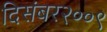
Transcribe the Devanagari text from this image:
दिसंबर२००९